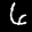
Label: 6